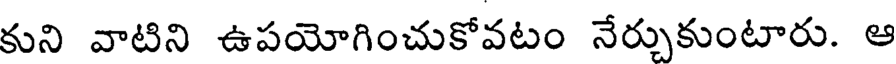
కుని వాటిని ఉపయోగించుకోవటం నేర్చుకుంటారు. ఆ